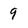
Character: 9